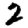
Digit: 2